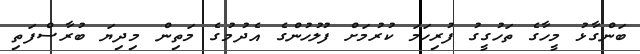
ބަންގާޅު މީހާގެ ތަހުގީގު ފުރިހަމަ ކުރުމަށް ފުލުހުންގެ އެދުމުގެ މަތިން މިދިޔަ ބުރާސްފަތި